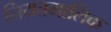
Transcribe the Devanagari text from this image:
नियतमालिक